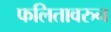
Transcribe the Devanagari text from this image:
फलितावरुन